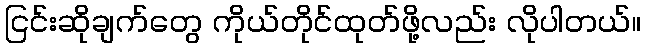
ငြင်းဆိုချက်တွေ ကိုယ်တိုင်ထုတ်ဖို့လည်း လိုပါတယ်။